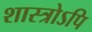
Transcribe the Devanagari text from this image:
शास्त्रोऽपि